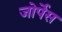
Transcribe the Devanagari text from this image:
जोर्पेस